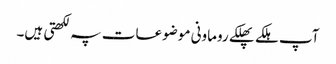
آپ ہلکے پھلکے روماونی موضوعات پہ لکھتی ہیں۔